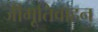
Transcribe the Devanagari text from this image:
जीमूतिवाहन